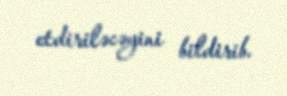
etdiriləcəyini bildirib.